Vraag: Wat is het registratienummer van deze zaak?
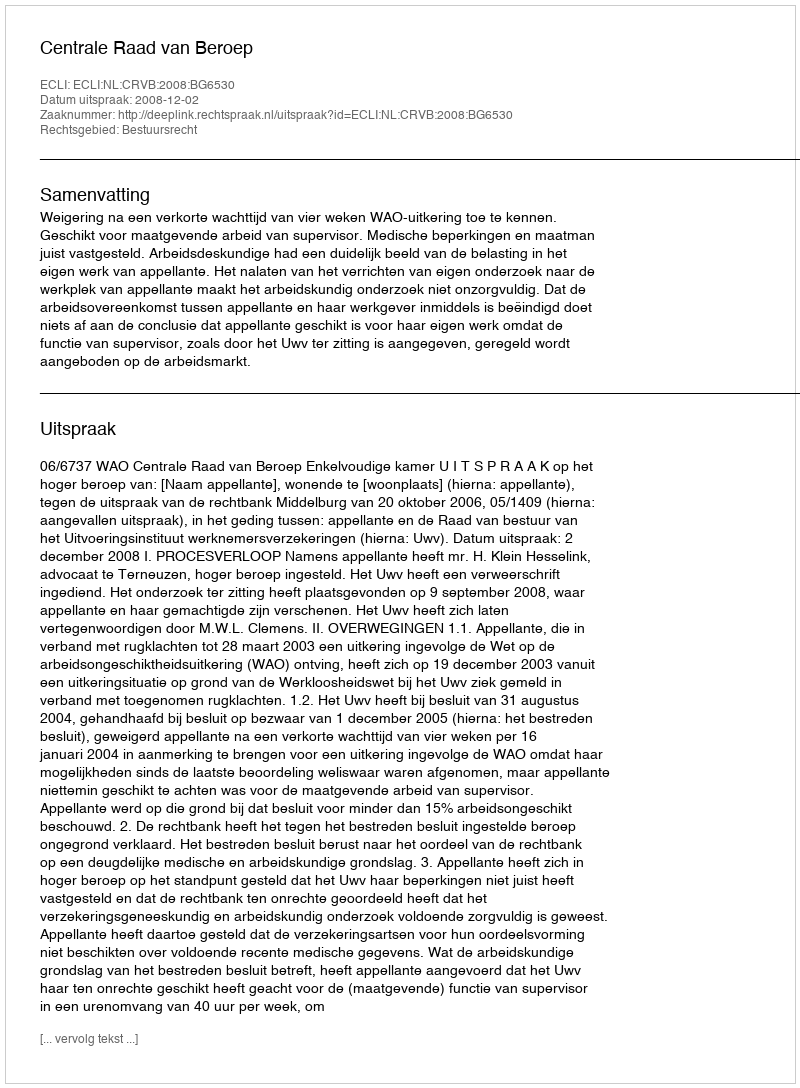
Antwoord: http://deeplink.rechtspraak.nl/uitspraak?id=ECLI:NL:CRVB:2008:BG6530